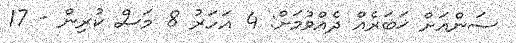
ސަންއަށް ޚަބަރެއް ދެއްވުމަށް: 4 އަހަރު 8 މަސް ކުރިން - 17